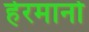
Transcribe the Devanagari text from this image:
हेरमानो